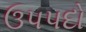
ઉપપદો